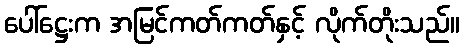
ပေါ်ဋ္ဌေးက အမြင်ကတ်ကတ်နှင့် လိုက်တိုးသည်။